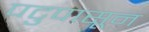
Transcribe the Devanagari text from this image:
पटुपासून